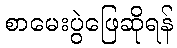
စာမေးပွဲဖြေဆိုရန်